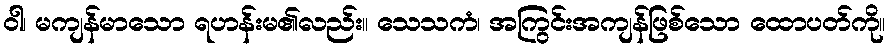
ဝါ၊ မကျန်မာသော ရဟန်းမ၏လည်း။ သေသကံ၊ အကြွင်းအကျန်ဖြစ်သော ထောပတ်ကို။